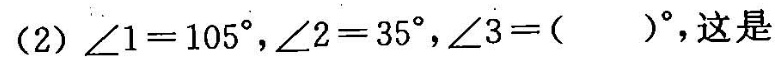
(2)∠1=105°，∠2=35°，∠3=( )°，这是